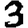
Digit: 3